Annual report of the Imperial Bacteriologist
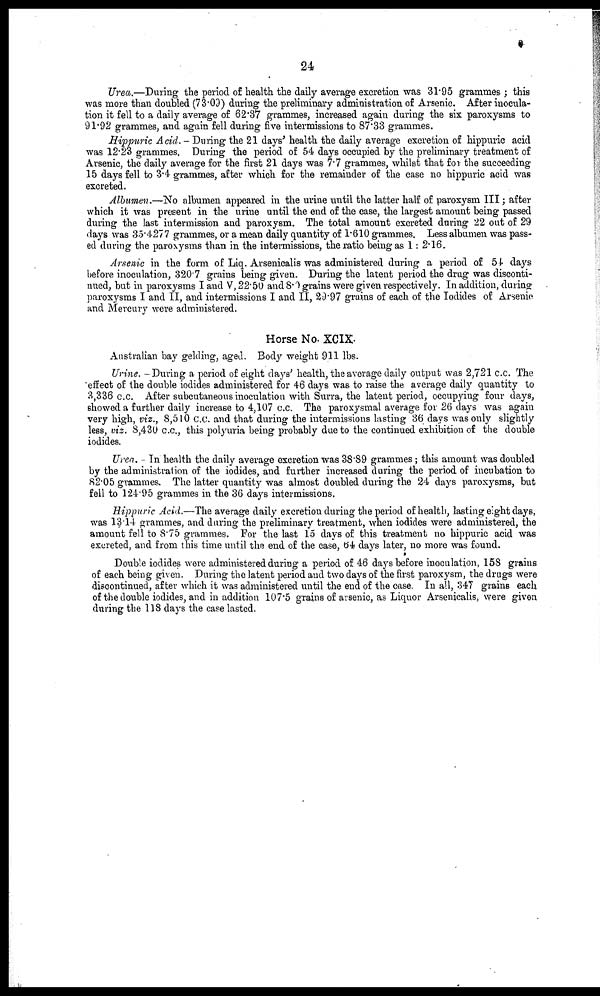
24
Urea.—During the period of health the daily average excretion was 31.95 grammes ; this
was more than doubled (73.09) during the preliminary administration of Arsenic. After inocula-
tion it fell to a daily average of 62.37 grammes, increased again during the six paroxysms to
91.92 grammes, and again fell during five intermissions to 87.33 grammes.
Hippuric Acid. - During the 21 days' health the daily average excretion of hippuric acid
was 12.23 grammes. During the period of 54 days occupied by the preliminary treatment of
Arsenic, the daily average for the first 21 days was 7.7 grammes, whilst that for the succeeding
15 days fell to 3.4 grammes, after which for the remainder of the case no hippuric acid was
excreted.
Albumen.—No albumen appeared in the urine until the latter half of paroxysm III ; after
which it was present in the urine until the end of the case, the largest amount being passed
during the last intermission and paroxysm. The total amount excreted during 22 out of 29
days was 35.4277 grammes, or a mean daily quantity of 1.610 grammes. Less albumen was pass-
ed during the paroxysms than in the intermissions, the ratio being as 1: 2.16.
Arsenic in the form of Liq. Arsenicalis was administered during a period of 54 days
before inoculation, 320.7 grains being given. During the latent period the drug was disconti-
nued, but in paroxysms I and V, 22.50 and 8.0 grains were given respectively. In addition, during
paroxysms I and II, and intermissions I and II, 29.97 grains of each of the Iodides of Arsenic
and Mercury were administered.
Horse No. XCIX.
Australian bay gelding, aged. Body weight 911 lbs.
Urine. -During a period of eight days' health, the average daily output was 2,721 c.c. The
effect of the double iodides administered for 46 days was to raise the average daily quantity to
3,336 c.c. After subcutaneous inoculation with Surra, the latent period, occupying four days,
showed a further daily increase to 4,107 c.c. The paroxysmal average for 26 days was again
very high, viz., 8,510 c.c. and that during the intermissions lasting 36 days was only slightly
less, viz. 8,430 c.c., this polyuria being probably due to the continued exhibition of the double
iodides.
Urea. - In health the daily average excretion was 38.89 grammes; this amount was doubled
by the administration of the iodides, and further increased during the period of incubation to
82.05 grammes. The latter quantity was almost doubled during the 24 days paroxysms, but
fell to 124.95 grammes in the 36 days intermissions.
Hippuric Acid.—The average daily excretion during the period of health, lasting eight days,
was 13.14 grammes, and during the preliminary treatment, when iodides were administered, the
amount fell to 8.75 grammes. For the last 15 days of this treatment no hippuric acid was
excreted, and from this time until the end of the case, 64 days later, no more was found.
Double iodides were administered during a period of 46 days before inoculation, 158 grains
of each being given. During the latent period and two days of the first paroxysm, the drugs were
discontinued, after which it was administered until the end of the case. In all, 347 grains each
of the double iodides, and in addition 107.5 grains of arsenic, as Liquor Arsenicalis, were given
during the 118 days the case lasted.